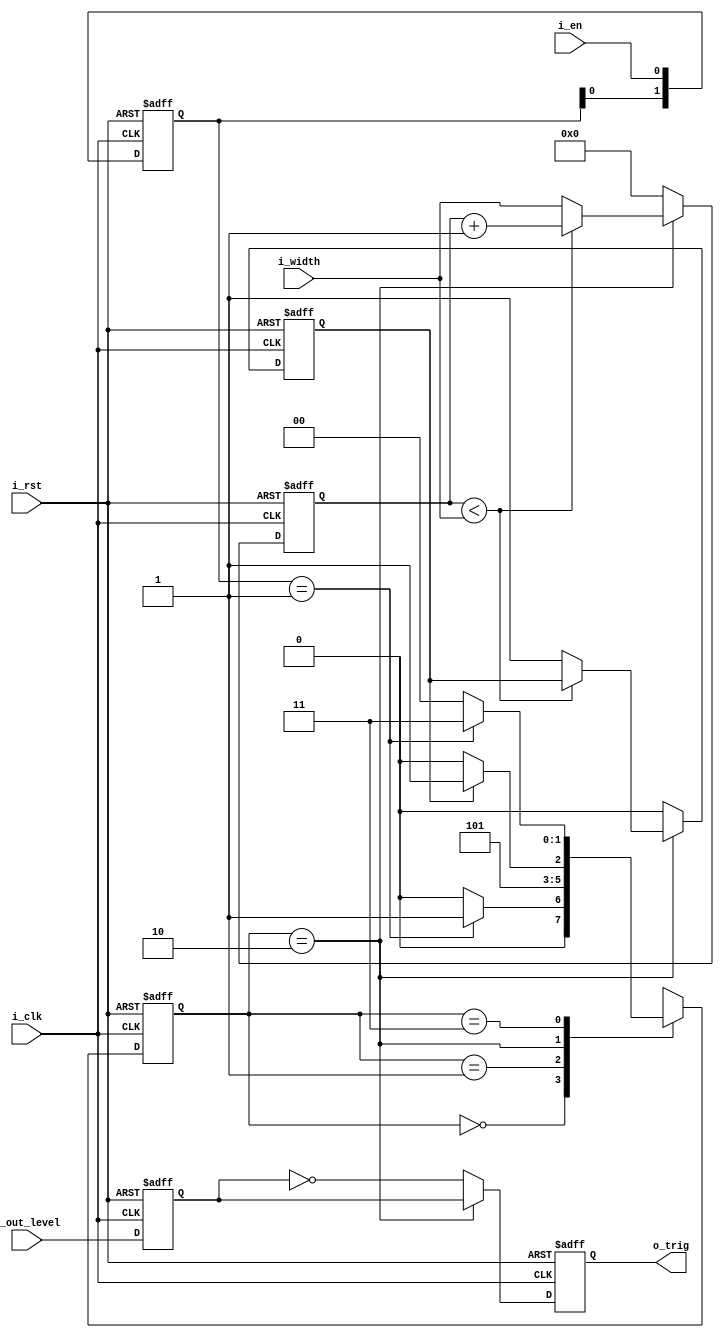
`timescale 1ns / 1ps
//////////////////////////////////////////////////////////////////////////////////
// Company: 
// Engineer: 
// 
// Design Name: 
// Module Name: Trigger_Generator
// Project Name: 
// Target Devices: 
// Tool Versions: 
// Description: 
// 
// Dependencies: 
// 
// Revision:
// Revision 0.01 - File Created
// Additional Comments:
// 
//////////////////////////////////////////////////////////////////////////////////

//
module Trigger_Generator(
    input i_clk,
    input i_rst,
    input i_en,         //
    input i_out_level,  //
    input [3:0]i_width,
    output o_trig
    );
    
    localparam ST_WAIT=2'd0;
    localparam ST_START=2'd1;
    localparam ST_HOLD=2'd2;
    localparam ST_END=2'd3;
    
    //
    reg [1:0]state_current=0;
    reg [1:0]state_next=0;
    
    //
    reg [3:0]reg_hold_cnt=0;
    reg [1:0]reg_en_rise=0;
    
    reg reg_trig=0;     //
    
    //
    wire flg_en;       //
    reg flg_hold=0;    //
    
    //
    reg buffer_out_level=1;//
    
    assign flg_en=(reg_en_rise==2'b01);
    assign o_trig=reg_trig;
    
    //
    always@(posedge i_clk or negedge i_rst)begin
        //
        if(!i_rst)begin
            buffer_out_level<=1;
        end
        else begin
            buffer_out_level<=i_out_level;
        end
    end
    
    //
    always@(posedge i_clk or negedge i_rst)begin
        //
        if(!i_rst)begin
            reg_trig<=0;
        end
        else if(state_current==ST_HOLD)begin
            reg_trig<=buffer_out_level;
        end
        else begin
            reg_trig<=!buffer_out_level;
        end
    end
    
    //
    always@(*) begin
        case(state_current)
        
            ST_WAIT:begin
                if(flg_en)begin
                    state_next<=ST_START;
                end
                else begin
                    state_next<=ST_WAIT;
                end
            end
            
            ST_START:begin
                state_next<=ST_HOLD;
            end
            
            ST_HOLD:begin
                if(flg_hold)begin
                    state_next<=ST_END;
                end
                else begin
                    state_next<=ST_HOLD;
                end
            end
            
            ST_END:begin
                if(!flg_en)begin
                    state_next<=ST_WAIT;
                end
                else begin
                    state_next<=ST_END;
                end
            end
        endcase
    end
    
    //
    always@(posedge i_clk or negedge i_rst)begin
        //
        if(!i_rst)begin
            state_current<=ST_WAIT;
        end
        else begin
            state_current<=state_next;
        end
    end
    
    //
    always@(posedge i_clk or negedge i_rst)begin
        //
        if(!i_rst)begin
            reg_en_rise<=0;
        end
        else begin
            reg_en_rise<={reg_en_rise[0],i_en};
        end
    end
    
    //
    always@(posedge i_clk or negedge i_rst)begin
        //
        if(!i_rst)begin
            flg_hold<=0;
            reg_hold_cnt<=0;
        end
        else if(state_current==ST_HOLD)begin
            if(reg_hold_cnt<i_width)reg_hold_cnt<=reg_hold_cnt+1;
            else begin
                flg_hold<=1;
                reg_hold_cnt<=i_width;
            end
        end
        else begin
            flg_hold<=0;
            reg_hold_cnt<=0;
        end
    end
endmodule